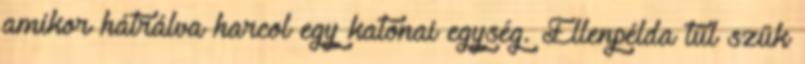
amikor hátrálva harcol egy katonai egység. Ellenpélda túl szűk